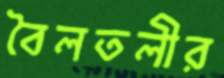
বৈলতলীর